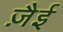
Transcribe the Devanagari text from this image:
ज़ैई